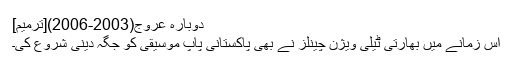
دوبارہ عروج(2003-2006)[ترمیم]
اس زمانے میں بھارتی ٹیلی ویژن چینلز نے بھی پاکستانی پاپ موسیقی کو جگہ دینی شروع کی۔